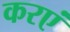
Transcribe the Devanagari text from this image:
करएं